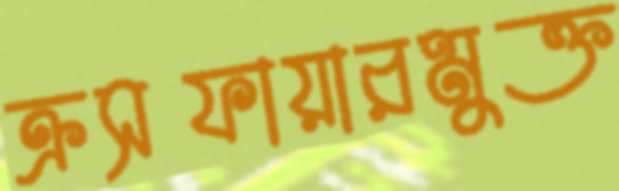
ক্রসফায়ারমুক্ত